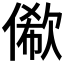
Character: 𠍫